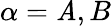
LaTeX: \alpha=\mathit{A},B